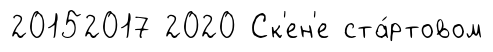
20152017 2020 Ск'ен'е ста́ртовом